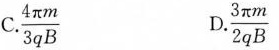
C.\frac{4πm}{3qB} D.\frac{3πm}{2qB}